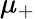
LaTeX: \mu_{+}